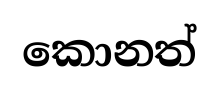
කොනත්